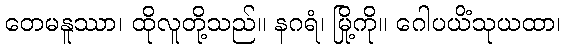
တေမနူဿာ၊ ထိုလူတို့သည်။ နဂရံ၊ မြို့ကို။ ဂေါပယိံသုယထာ၊